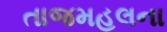
તાજમહલના